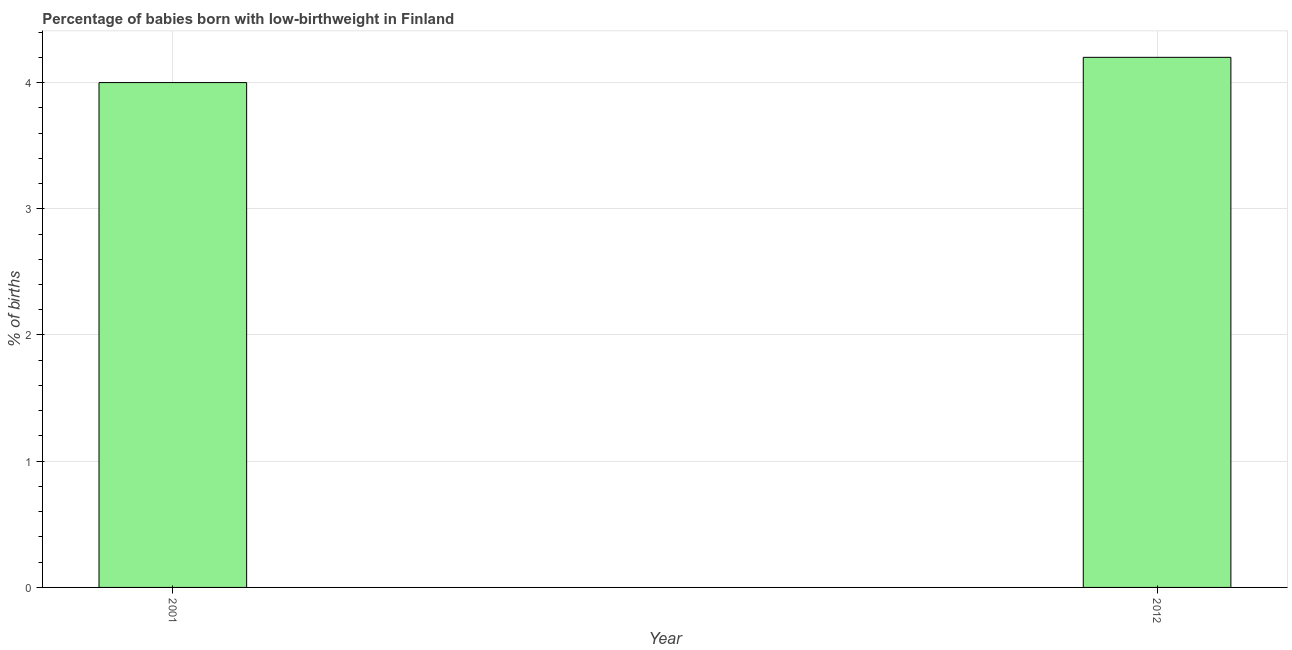
| Year | Low-birthweight babies |
 | --- | --- |
 | 2001 | 4 |
 | 2012 | 4.2 |